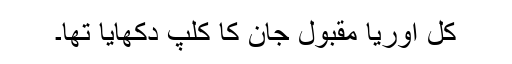
کل اوریا مقبول جان کا کلپ دکھایا تھا۔